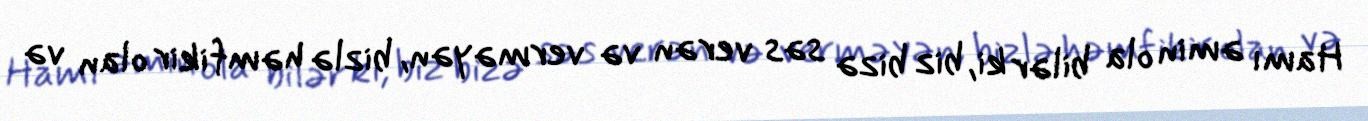
Hamı əmin ola bilər ki, biz bizə səs verən və verməyən, bizlə həmfikir olan və